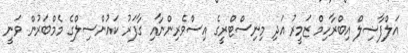
އަލްފާޟިލް އިބްރާހިމް ޒަމީރު އަދި މިނިސްޓްރީގެ އިސްވެރިންނާއި ގާފަރު ކައުންސިލްގެ މެމްބަރުން ވަނީ